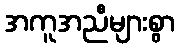
အကူအညီများစွာ